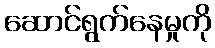
ဆောင်ရွက်နေမှုကို